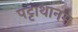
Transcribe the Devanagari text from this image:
पट्टाथानम